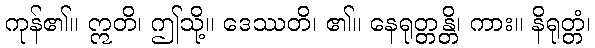
ကုန်၏။ ဣတိ၊ ဤသို့။ ဒေဿတိ၊ ၏။ နေရုတ္တန္တိ၊ ကား။ နိရုတ္တံ၊